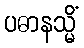
ပဓာနသ္မိံ